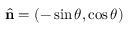
\hat { \mathbf { n } } = \left( - \sin \theta , \cos \theta \right)